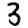
Digit: 3